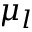
\mu _ { l }